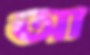
আ